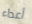
أعداء